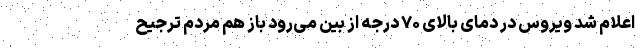
اعلام شد ویروس در دمای بالای ۷۰ درجه از بین می‌رود باز هم مردم ترجیح